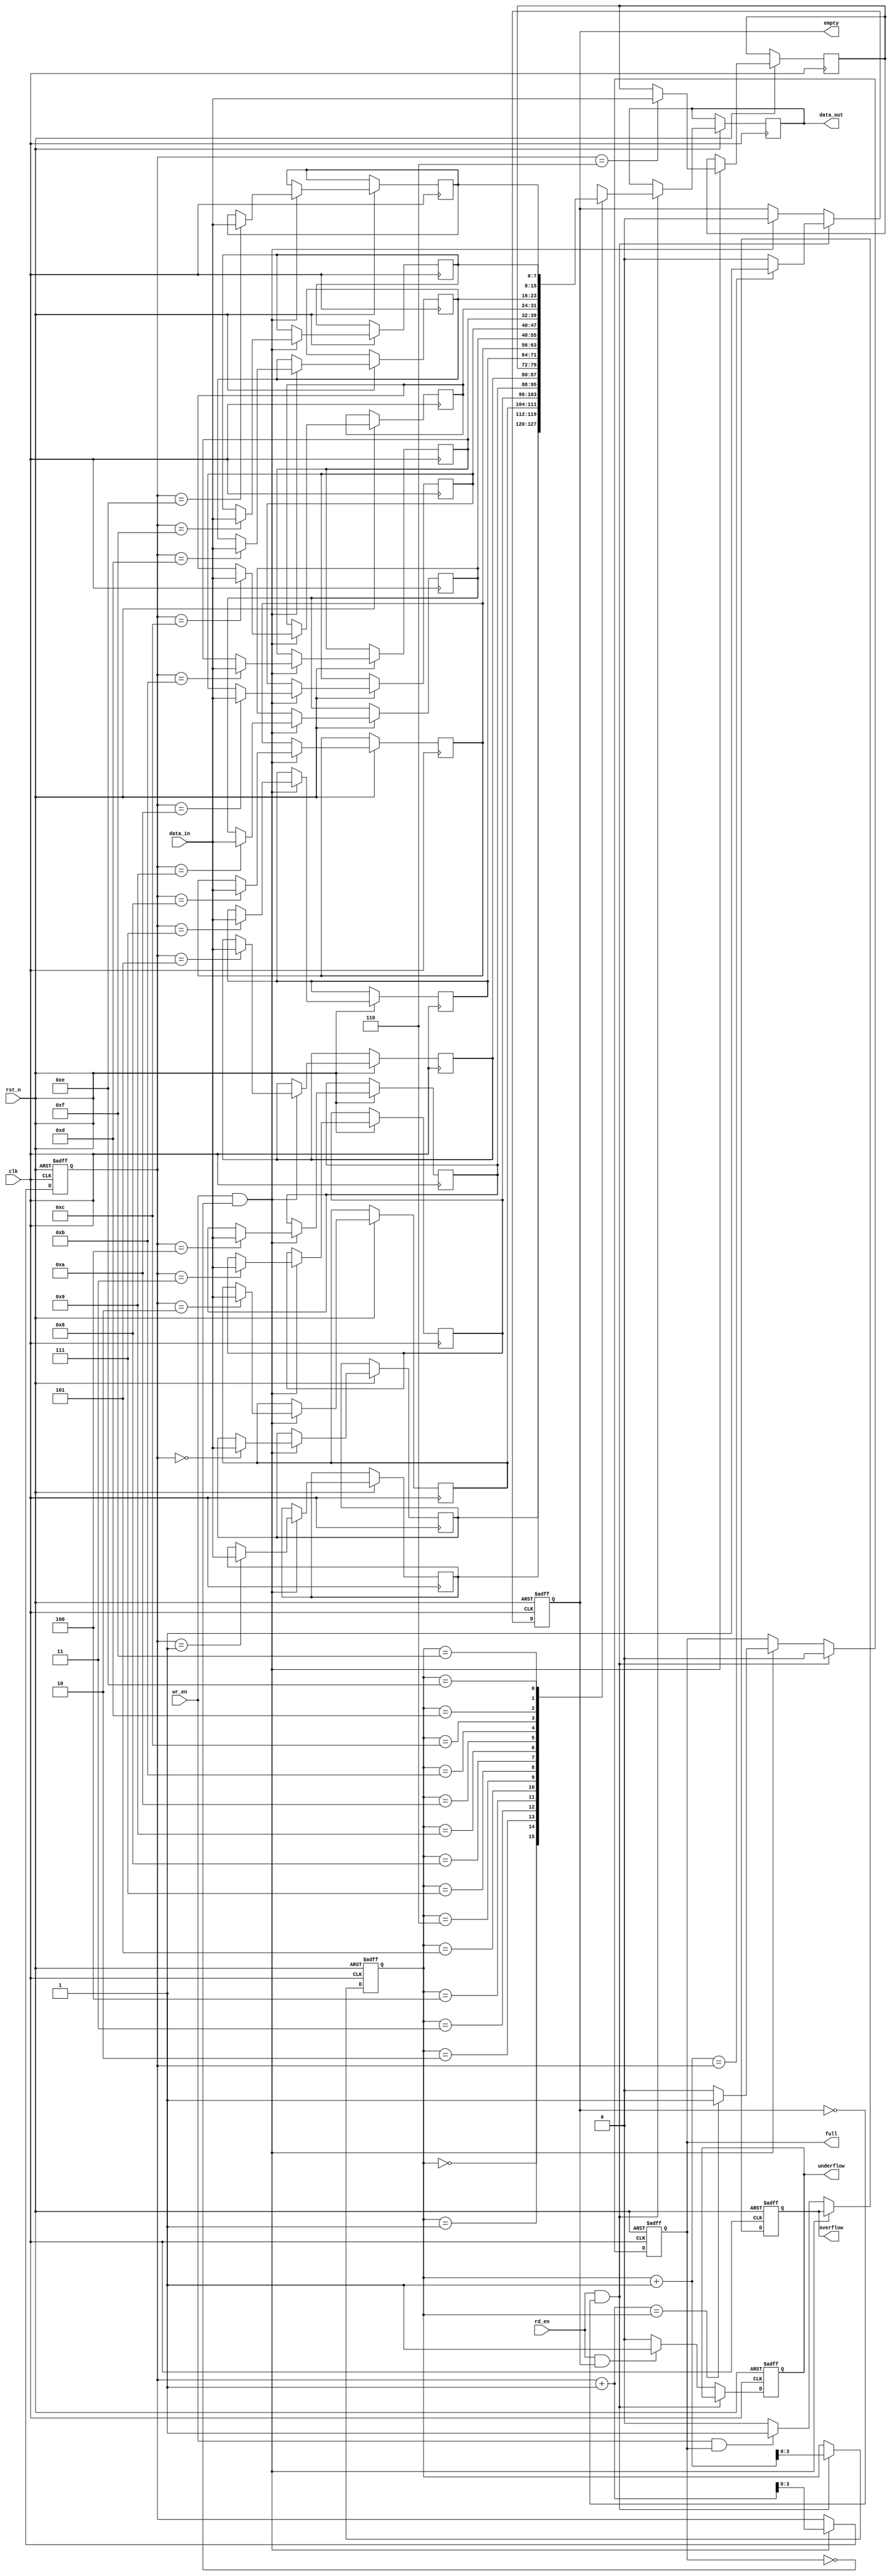
module parameterized_fifo #(
    parameter DATA_WIDTH = 8,      // Width of each data element in bits
    parameter FIFO_DEPTH = 16       // Total number of entries the FIFO can hold
)(
    input wire clk,                 // Clock signal
    input wire rst_n,               // Asynchronous reset (active low)
    input wire wr_en,               // Write enable signal
    input wire rd_en,               // Read enable signal
    input wire [DATA_WIDTH-1:0] data_in, // Data input
    output reg [DATA_WIDTH-1:0] data_out, // Data output
    output reg full,                // Full flag
    output reg empty,               // Empty flag
    output reg overflow,            // Overflow flag
    output reg underflow            // Underflow flag
);

    // Memory array to store FIFO data
    reg [DATA_WIDTH-1:0] fifo_mem [0:FIFO_DEPTH-1];

    // Pointers for read and write operations
    reg [clog2(FIFO_DEPTH)-1:0] wr_ptr; // Write pointer
    reg [clog2(FIFO_DEPTH)-1:0] rd_ptr; // Read pointer

    // Function to calculate the log base 2
    function integer clog2;
        input integer value;
        begin
            value = value - 1;
            for (clog2 = 0; value > 0; clog2 = clog2 + 1)
                value = value >> 1;
        end
    endfunction

    // Asynchronous reset and FIFO operation
    always @(posedge clk or negedge rst_n) begin
        if (!rst_n) begin
            // Reset pointers and flags
            wr_ptr <= 0;
            rd_ptr <= 0;
            full <= 0;
            empty <= 1;
            overflow <= 0;
            underflow <= 0;
        end else begin
            // Write operation
            if (wr_en && !full) begin
                fifo_mem[wr_ptr] <= data_in; // Write data to FIFO
                wr_ptr <= wr_ptr + 1;        // Increment write pointer
                empty <= 0;                  // FIFO is not empty
                if (wr_ptr + 1 == rd_ptr)    // Check if FIFO is full
                    full <= 1;
                else
                    full <= 0;
            end else if (wr_en && full) begin
                overflow <= 1;               // Set overflow flag
            end else begin
                overflow <= 0;               // Clear overflow flag
            end

            // Read operation
            if (rd_en && !empty) begin
                data_out <= fifo_mem[rd_ptr]; // Read data from FIFO
                rd_ptr <= rd_ptr + 1;        // Increment read pointer
                full <= 0;                   // FIFO is not full
                if (rd_ptr + 1 == wr_ptr)    // Check if FIFO is empty
                    empty <= 1;
                else
                    empty <= 0;
            end else if (rd_en && empty) begin
                underflow <= 1;              // Set underflow flag
            end else begin
                underflow <= 0;              // Clear underflow flag
            end
        end
    end

endmodule